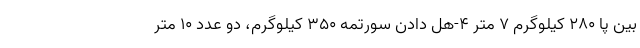
بین پا ۲۸۰ کیلوگرم ۷ متر ۴-هل دادن سورتمه ۳۵۰ کیلوگرم، دو عدد ۱۰ متر